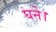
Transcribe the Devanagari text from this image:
घने।